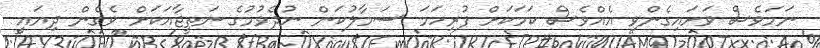
ނަމަވެސް ވަށައިގެންވި އެއްވެސް ކަމަކަށް ފުރިހަމަ ސަމާލުކަން ނުދެވުމުގެ ނަތީޖާއަކަށް ވެގެން ދިޔައީ